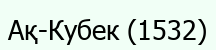
Ақ-Кубек (1532)